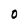
Character: 0